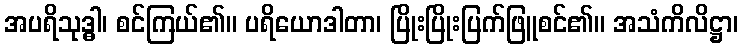
အပရိသုဒ္ဓါ၊ စင်ကြယ်၏။ ပရိယောဒါတာ၊ ပြိုးပြိုးပြက်ဖြူစင်၏။ အသံကိလိဋ္ဌာ၊